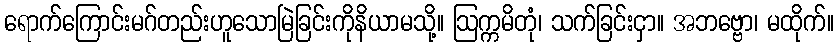
ရောက်ကြောင်းမဂ်တည်းဟူသောမြဲခြင်းကိုနိယာမသို့။ ဩက္ကမိတုံ၊ သက်ခြင်းငှာ။ အဘဗ္ဗော၊ မထိုက်။